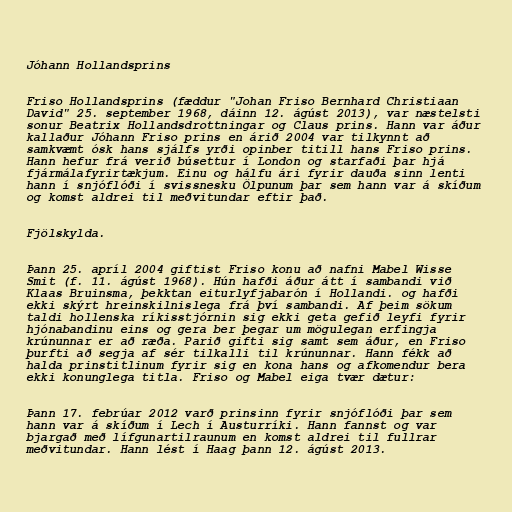
Jóhann Hollandsprins

Friso Hollandsprins (fæddur "Johan Friso Bernhard Christiaan
David" 25. september 1968, dáinn 12. ágúst 2013), var næstelsti
sonur Beatrix Hollandsdrottningar og Claus prins. Hann var áður
kallaður Jóhann Friso prins en árið 2004 var tilkynnt að
samkvæmt ósk hans sjálfs yrði opinber titill hans Friso prins.
Hann hefur frá verið búsettur í London og starfaði þar hjá
fjármálafyrirtækjum. Einu og hálfu ári fyrir dauða sinn lenti
hann í snjóflóði í svissnesku Ölpunum þar sem hann var á skíðum
og komst aldrei til meðvitundar eftir það.

Fjölskylda.

Þann 25. apríl 2004 giftist Friso konu að nafni Mabel Wisse
Smit (f. 11. ágúst 1968). Hún hafði áður átt í sambandi við
Klaas Bruinsma, þekktan eiturlyfjabarón í Hollandi. og hafði
ekki skýrt hreinskilnislega frá því sambandi. Af þeim sökum
taldi hollenska ríkisstjórnin sig ekki geta gefið leyfi fyrir
hjónabandinu eins og gera ber þegar um mögulegan erfingja
krúnunnar er að ræða. Parið gifti sig samt sem áður, en Friso
þurfti að segja af sér tilkalli til krúnunnar. Hann fékk að
halda prinstitlinum fyrir sig en kona hans og afkomendur bera
ekki konunglega titla. Friso og Mabel eiga tvær dætur:

Þann 17. febrúar 2012 varð prinsinn fyrir snjóflóði þar sem
hann var á skíðum í Lech í Austurríki. Hann fannst og var
bjargað með lífgunartilraunum en komst aldrei til fullrar
meðvitundar. Hann lést í Haag þann 12. ágúst 2013.